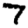
Digit: 7